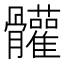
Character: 𩪼